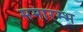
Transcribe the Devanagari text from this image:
समारम्भ